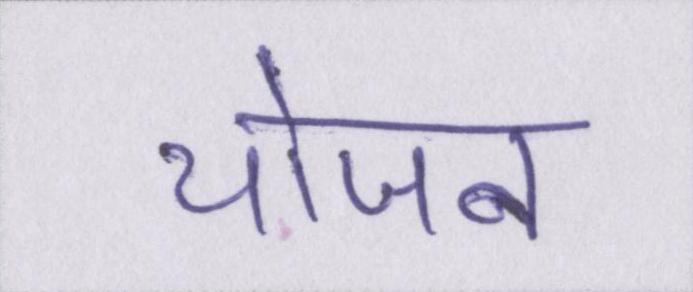
योजन